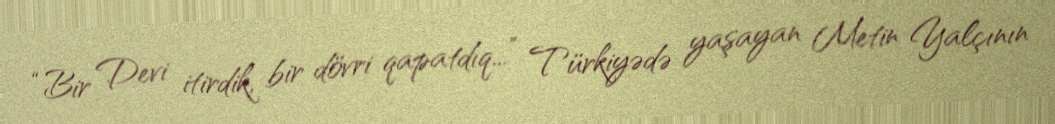
“Bir Devi itirdik, bir dövri qapatdıq...” Türkiyədə yaşayan Metin Yalçının